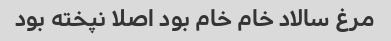
مرغ سالاد خام خام بود اصلا نپخته بود